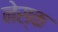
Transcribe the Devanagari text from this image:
नेस्क